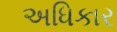
અધિકાર